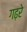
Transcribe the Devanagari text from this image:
गढ़रे